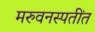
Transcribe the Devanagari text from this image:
मरुवनस्पतींत